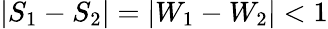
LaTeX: |S_{1}-S_{2}|=|W_{1}-W_{2}|<1